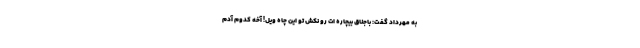
به مهرداد گفت: باجناق بیچاره­ ات رو نکش تو این چاه ویل! آخه کدوم آدم